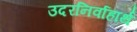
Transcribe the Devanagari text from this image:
उदरनिर्वाहार्थ